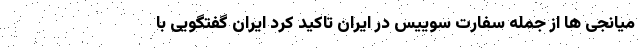
میانجی ها از جمله سفارت سوییس در ایران تاکید کرد ایران گفتگویی با